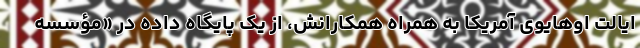
ایالت اوهایوی آمریکا به همراه همکارانش، از یک پایگاه داده در «مؤسسه